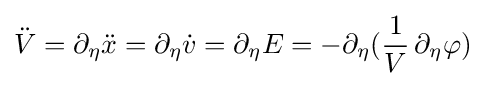
{\ddot {V}}=\partial _{\eta }{\ddot {x}}=\partial _{\eta }{\dot {v}}=\partial _{\eta }E=-\partial _{\eta }({\frac {1}{V}}\,\partial _{\eta }\varphi )